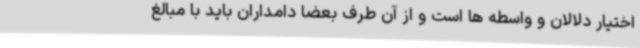
اختیار دلالان و واسطه ها است و از آن طرف بعضا دامداران باید با مبالغ